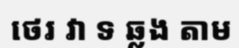
ថេរ វា ទ ឆ្លង តាម